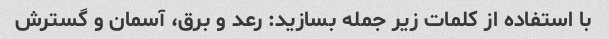
با استفاده از کلمات زیر جمله بسازید: رعد و برق، آسمان و گسترش